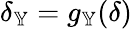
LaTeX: \delta_{\mathbb{Y}}=g_{\mathbb{Y}}(\delta)